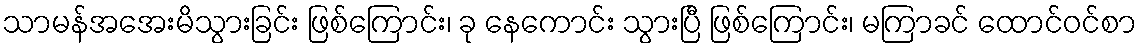
သာမန်အအေးမိသွားခြင်း ဖြစ်ကြောင်း၊ ခု နေကောင်း သွားပြီ ဖြစ်ကြောင်း၊ မကြာခင် ထောင်ဝင်စာ